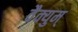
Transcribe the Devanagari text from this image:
वैक्युम्